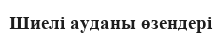
Шиелі ауданы өзендері